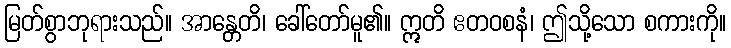
မြတ်စွာဘုရားသည်။ အာန္တေတိ၊ ခေါ်တော်မူ၏။ ဣတိ ဧတဝစနံ၊ ဤသို့သော စကားကို။